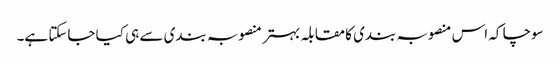
سوچا کہ اس منصوبہ بندی کا مقابلہ بہتر منصوبہ بندی سے ہی کیا جاسکتا ہے۔